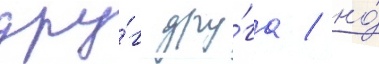
дру́г дру́га / но́